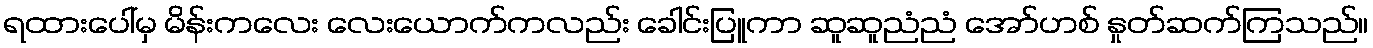
ရထားပေါ်မှ မိန်းကလေး လေးယောက်ကလည်း ခေါင်းပြူကာ ဆူဆူညံညံ အော်ဟစ် နှုတ်ဆက်ကြသည်။